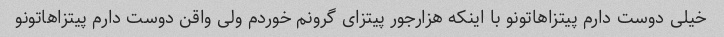
خیلی دوست دارم پیتزاهاتونو با اینکه هزارجور پیتزای گرونم خوردم ولی واقن دوست دارم پیتزاهاتونو